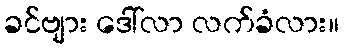
ခင်ဗျား ဒေါ်လာ လက်ခံလား။